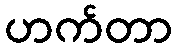
ဟက်တာ